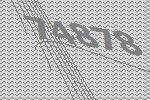
74878